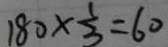
1 8 0 \times \frac { 1 } { 3 } = 6 0